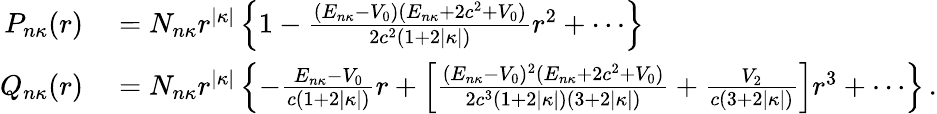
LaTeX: \begin{array}{r}{\begin{array}{rl}{P_{n\kappa}(r)}&{{}=N_{n\kappa}r^{|\kappa|}\left\{ 1-\frac{(E_{n\kappa}-V_{0})(E_{n\kappa}+2c^{2}+V_{0})}{2c^{2}(1+2|\kappa|)}r^{2}+\cdots\right\} }\\ {Q_{n\kappa}(r)}&{{}=N_{n\kappa}r^{|\kappa|}\left\{ -\frac{E_{n\kappa}-V_{0}}{c(1+2|\kappa|)}r+\left[\frac{(E_{n\kappa}-V_{0})^{2}(E_{n\kappa}+2c^{2}+V_{0})}{2c^{3}(1+2|\kappa|)(3+2|\kappa|)}+\frac{V_{2}}{c(3+2|\kappa|)}\right]r^{3}+\cdots\right\} \, .}\end{array}}\end{array}